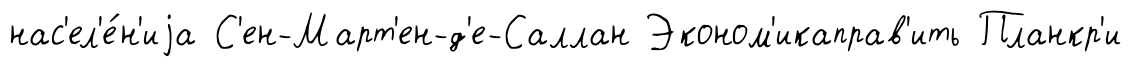
нас'ел'е́н'иjа С'ен-Март'ен-д'е-Саллан Эконом'икаправ'ить Планкр'и